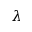
\boldsymbol { \lambda }